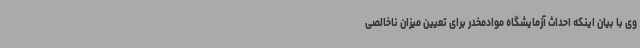
وی با بیان اینکه احداث آزمایشگاه موادمخدر برای تعیین میزان ناخالصی